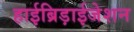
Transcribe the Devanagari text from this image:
हाईब्रिड़ाईजेशन